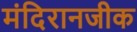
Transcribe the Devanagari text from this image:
मंदिरानजीक